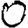
Digit: 0